Report of an investigation into the causes of malaria in Bombay and the measures necessary for its control
Disease focus: Malaria
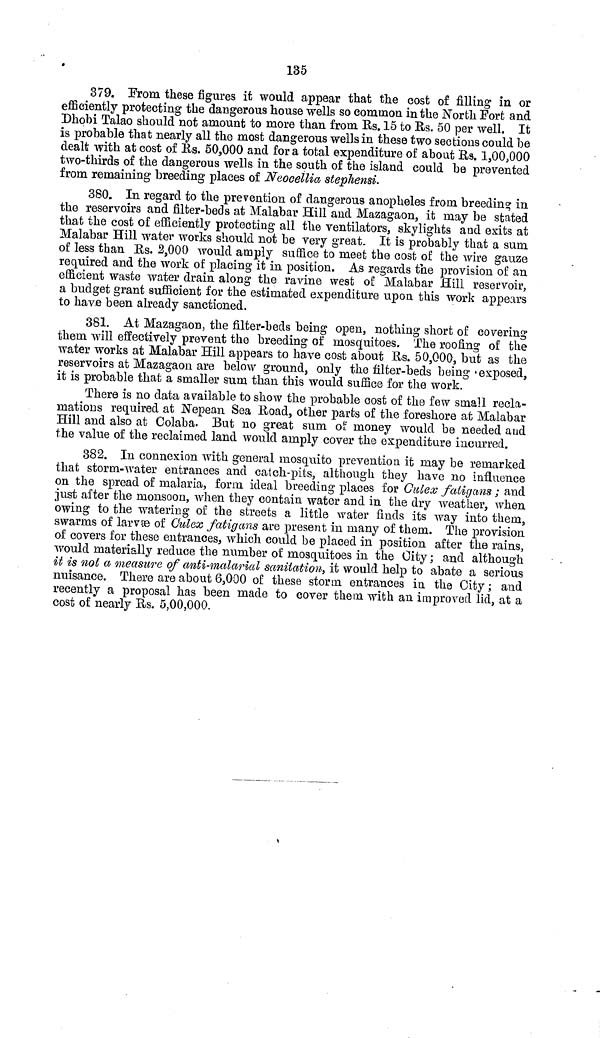
135
379. From these figures it would appear that the cost of filling in or
efficiently protecting the dangerous house wells so common in the North Fort and
Dhobi Talao should not amount to more than from Us. 15 to Rs. 50 per well. It
is probable that nearly all the most dangerous wells in these two sections could be
dealt with at cost of Its. 50,000 and for a total expenditure of about Us. 1,00,000
two-thirds of the dangerous wells in the south of the island could be prevented
from remaining breeding places of Neocellia stephensi.
380. In regard to the prevention of dangerous anopheles from breeding in
the reservoirs and filter-beds at Malabar Hill and Mazagaon, it may be stated
that the cost of efficiently protecting all the ventilators, skylights and exits at
Malabar Hill water works should not be very great. It is probably that a sum
of less than Rs. 2,000 would amply suffice to meet the cost of the wire gauze
required and the work of placing it in position. As regards the provision of an
efficient waste water drain along the ravine west of Malabar Hill reservoir,
a budget grant sufficient for the estimated expenditure upon this work appears
to have been already sanctioned.
381. At Mazagaon, the filter-beds being open, nothing short of covering
them will effectively prevent the breeding of mosquitoes. The roofing of the
water works at Malabar Hill appears to have cost about Rs. 50,000, but as the
reservoirs at Mazagaon are below ground, only the filter-beds being 'exposed,
it is probable that a smaller sum than this would suffice for the work.
There is no data available to show the probable cost of the few small recla-
mations required at Nepean. Sea Road, other parts of the foreshore at Malabar
Hill and also at Colaba. But no great sum of money would be needed and
the value of the reclaimed land would amply cover the expenditure incurred.
382. In connexion with general mosquito prevention it may be remarked
that storm-water entrances and catch-pits, although they have no influence
on the spread of malaria, form ideal breeding places for Culex fatigans ; and
just after the monsoon, when they contain water and in the dry weather, when
owing to the watering of the streets a little water finds its way into them,
swarms of larvae of Culex fatigans are present in many of them. The provision
of covers for these entrances, which could be placed in position after the rains,
would materially reduce the number of mosquitoes in the City; and although
it is not a measure of anti-malarial sanitation, it would help to abate a serious
nuisance. There are about 6,000 of these storm entrances in the City; and
recently a proposal has been made to cover them with an improved lid, at a
cost of nearly Rs. 5,00,000.